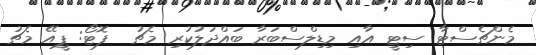
މެންޗެސްޓާ ސިޓީ އާއި މިޑިލްސްބަރާ ބައްދަލުކުރި މެޗު  ފޮޓޯ: ޕީއޭ މެޗު